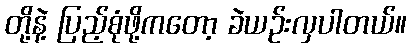
တို့နဲ့ ပြည့်စုံဖို့ကတော့ ခဲယဉ်းလှပါတယ်။